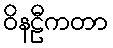
ဝိနဠီကတာ